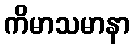
ကိမာသမာနာ